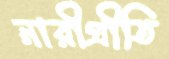
নারীপ্রীতি